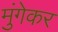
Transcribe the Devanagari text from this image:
मुंगेकर